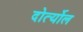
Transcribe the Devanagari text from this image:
दोर्त्योल